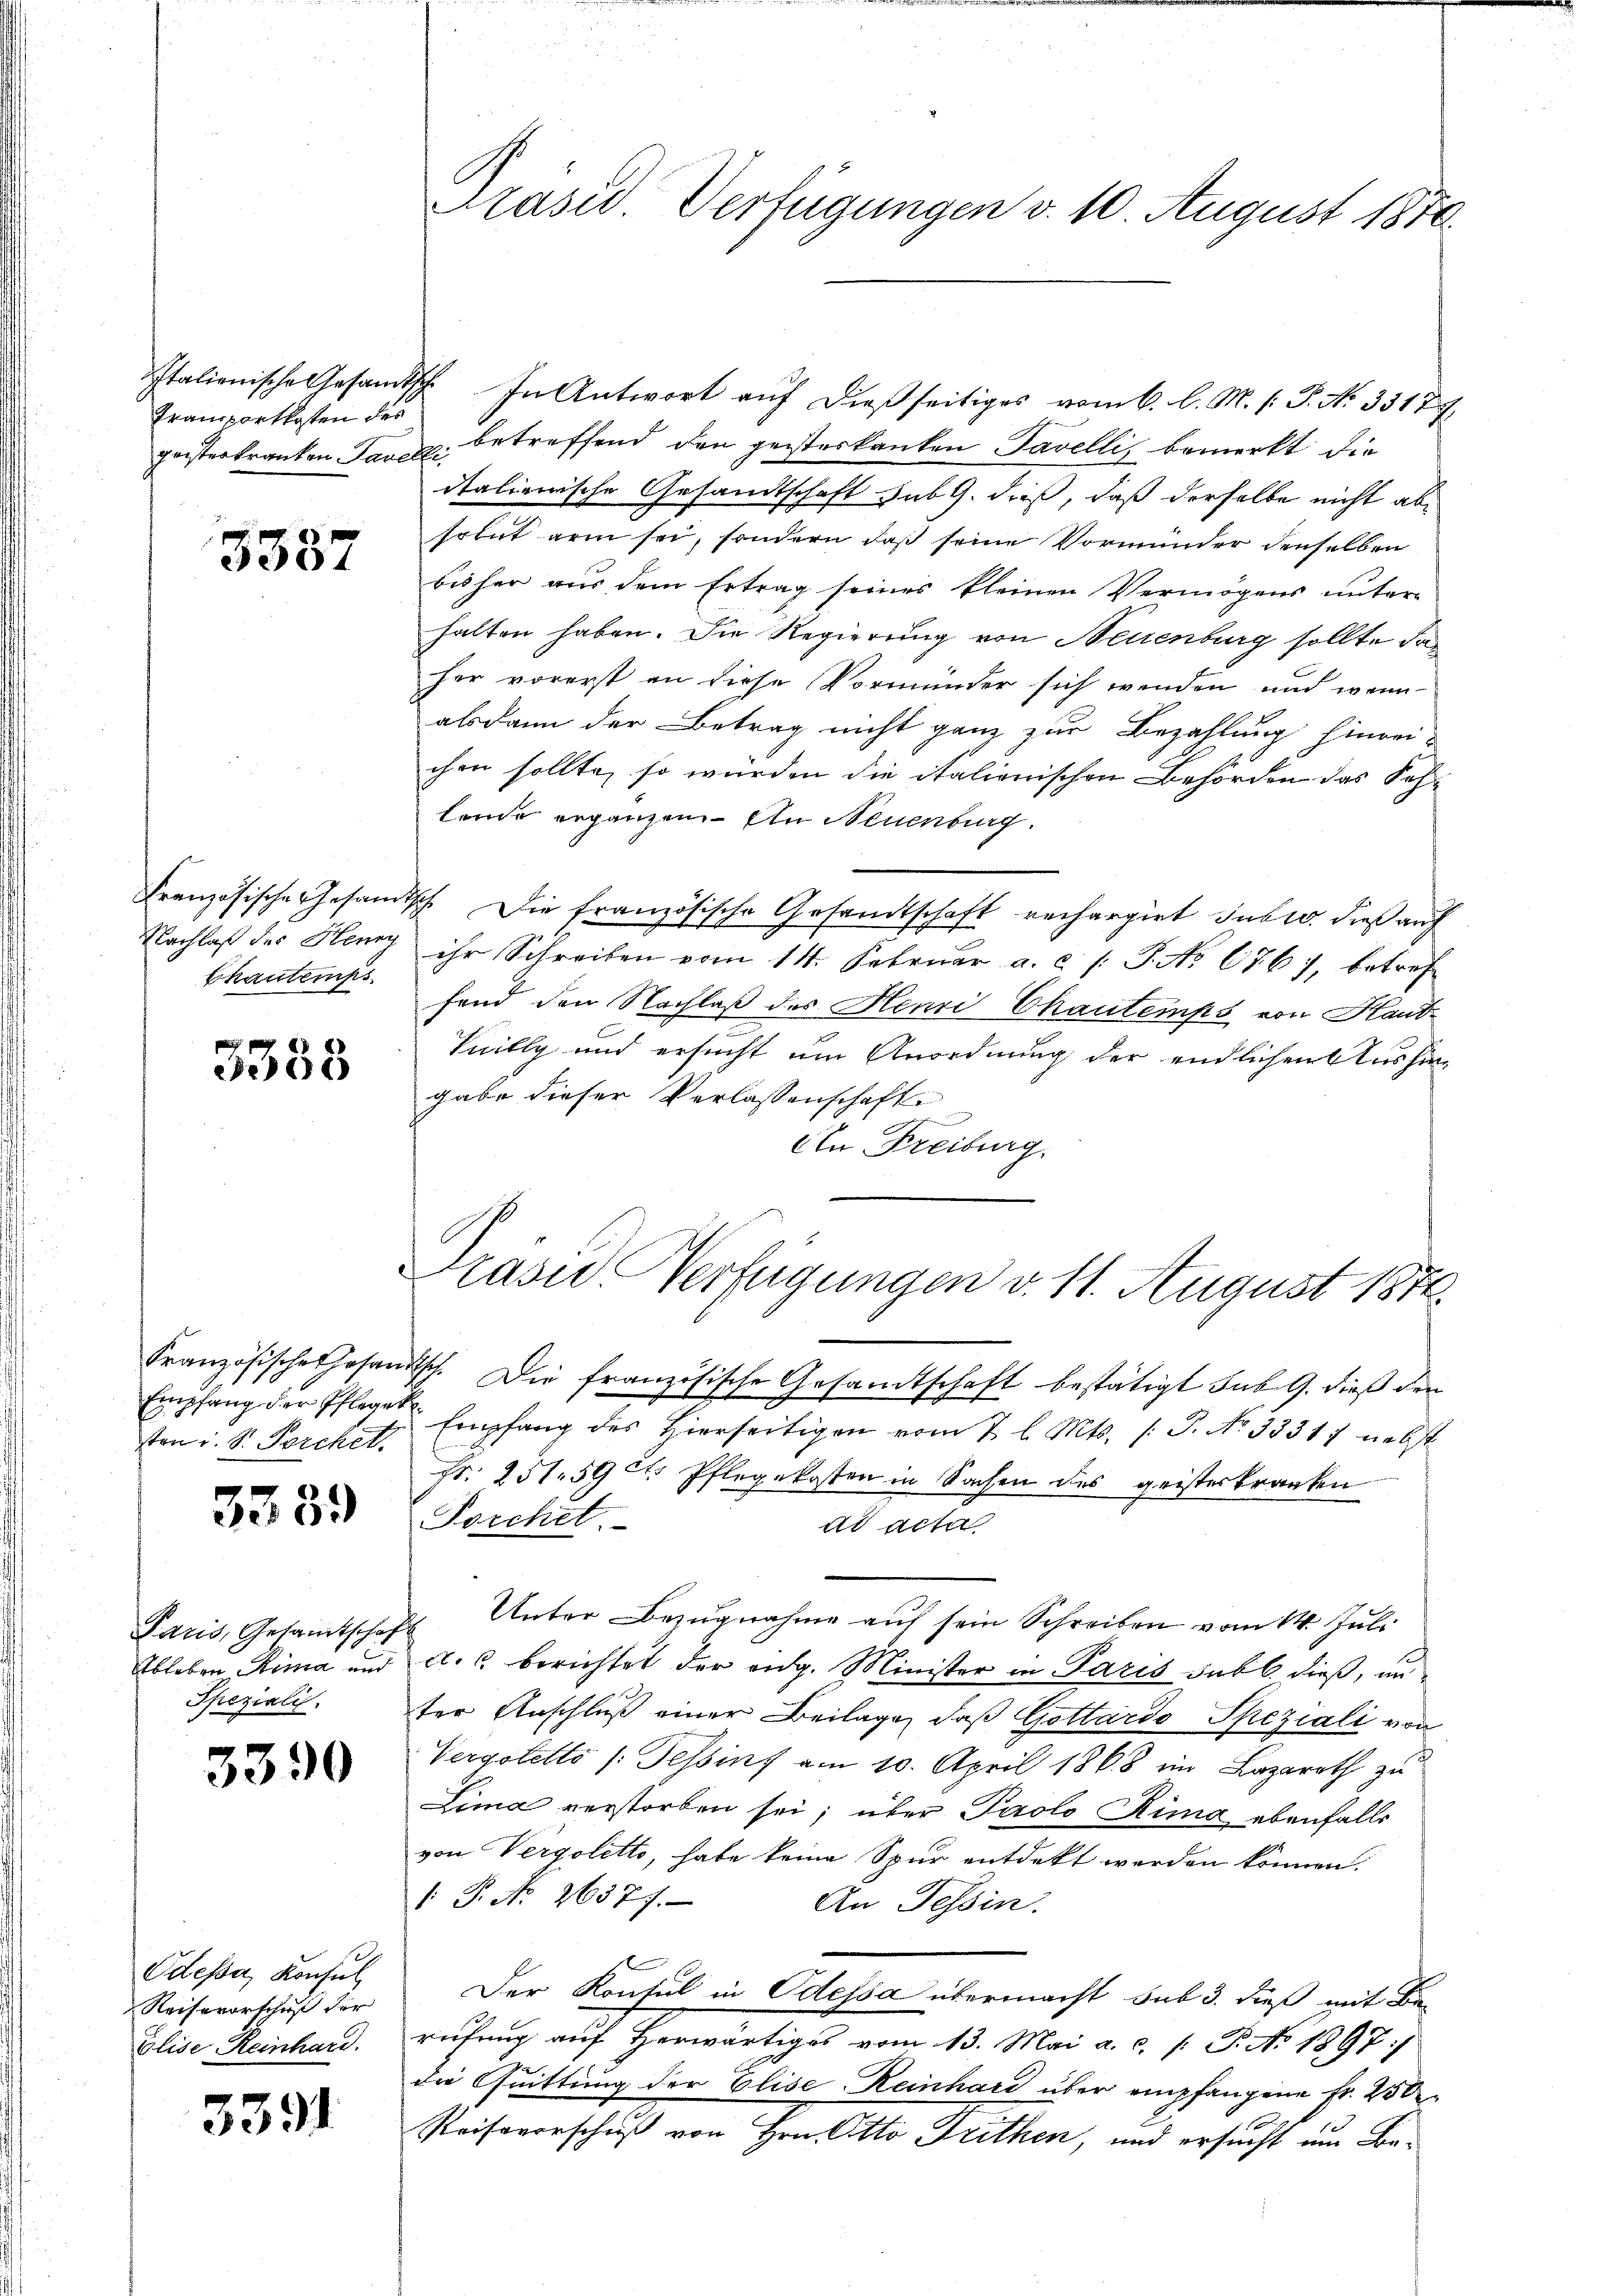
Transportkosten des

3387

Nachlaß des Henry
Chautemps

3358

ton i. S. Perchet.

3339

Paris, Gesandtschaf
Ableben, Rima und
Spezialis

3390

Odessa, Konsul
Reisevorschuß der
Elise Reinhard.

3391

Präsid Verfügungen v. 10. August 1870

Italienische Gesamtsch. In Antwort aŭf dießseitiges vom 6. l. M. s. S. Nr. 35177
geisterkranken Parall betreffend den geisterkanten Tavelli, bemerkt die
italienische Gesandtschaft sub G. dieß, daß derselbe nicht absolut arm sei, sondern daß seine Vormunder denselben
bisher aus dem Ertrag seines kleinen Vermögens unterhalten haben. Die Regierung von Neuenburg sollte das
her vorerst an diese Vormunder sich wenden und wenn
alsdann der Betrag nicht ganz zur Bezahlung hinrei-
chen sollte, so würden die italienischen Behörden das Sehlende ergänzen. In Neuenburg.
Französische Gesandtsch. Die französische Gesandtschaft rechargirt subro dieß auf
ihr Schreiben vom 14. Februar a. c. /: P. No 676), betref
fend den Nachlaß des Henri Chautemps von Haut-
Suilly und ersucht um Anordnung der endlichen Aushingabe dieser Verlassenschaft
.
An Freiburg.
Französische thosandtsch. Die französische Gesandtschaft bestätigt sub 9. dieß den
Empfang der Pflegen Empfang des Hierseitigen vom 7 l. Mts. /: P. No 33317 nebst
Fr. 251. 59 f. Pflegekosten in Sachen des geisterkranken
Torchet.
ad acta
2 Unter Bezugnahme auf sein Schreiben vom 14. Juli
A. s berichtet der aug. Minister in Paris subt dieß, un
ter Anschluß einer Beilage, daß Gottardo Speziali von
Vergotetto /: Tessins am 10. April 1868 im Lazareth zu
Lima verstorben sei; über Paolo Ring ebenfalls
von Vergolette, habe keine Spur entdekt werden können.
/. P. No 26377.
An Tessin.
Der Konsul in Odessa übermacht sub 3. dieß mit Be-
rufung auf Herwärtiges vom 13. Mai a. c. /: P. No 1897
die Quittung der Elise-Reinhard über empfangene Fr. 250
Reiseverschuß von Hrn. Otto Trithen, und ersucht um Be¬

Kasu-Verfügungen d. 11. August 1874.